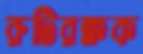
রুটিরক্ষক